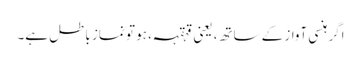
اگر ہنسی آواز کے ساتھ، یعنی قہقہہ ، ہو تو نماز باطل ہے۔